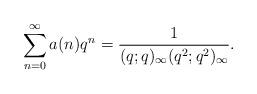
LaTeX: \begin{align*}\sum_{n=0}^{\infty}a(n)q^{n}=\dfrac{1}{(q;q)_{\infty}(q^{2};q^{2})_{\infty}}.\end{align*}